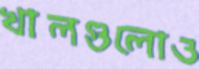
খালগুলোও